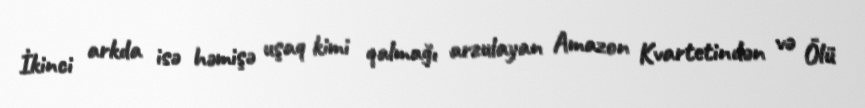
İkinci arkda isə həmişə uşaq kimi qalmağı arzulayan Amazon Kvartetindən və Ölü